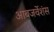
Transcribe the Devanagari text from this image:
आबजर्वेशंस